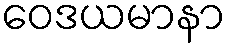
ဝေဒယမာနာ